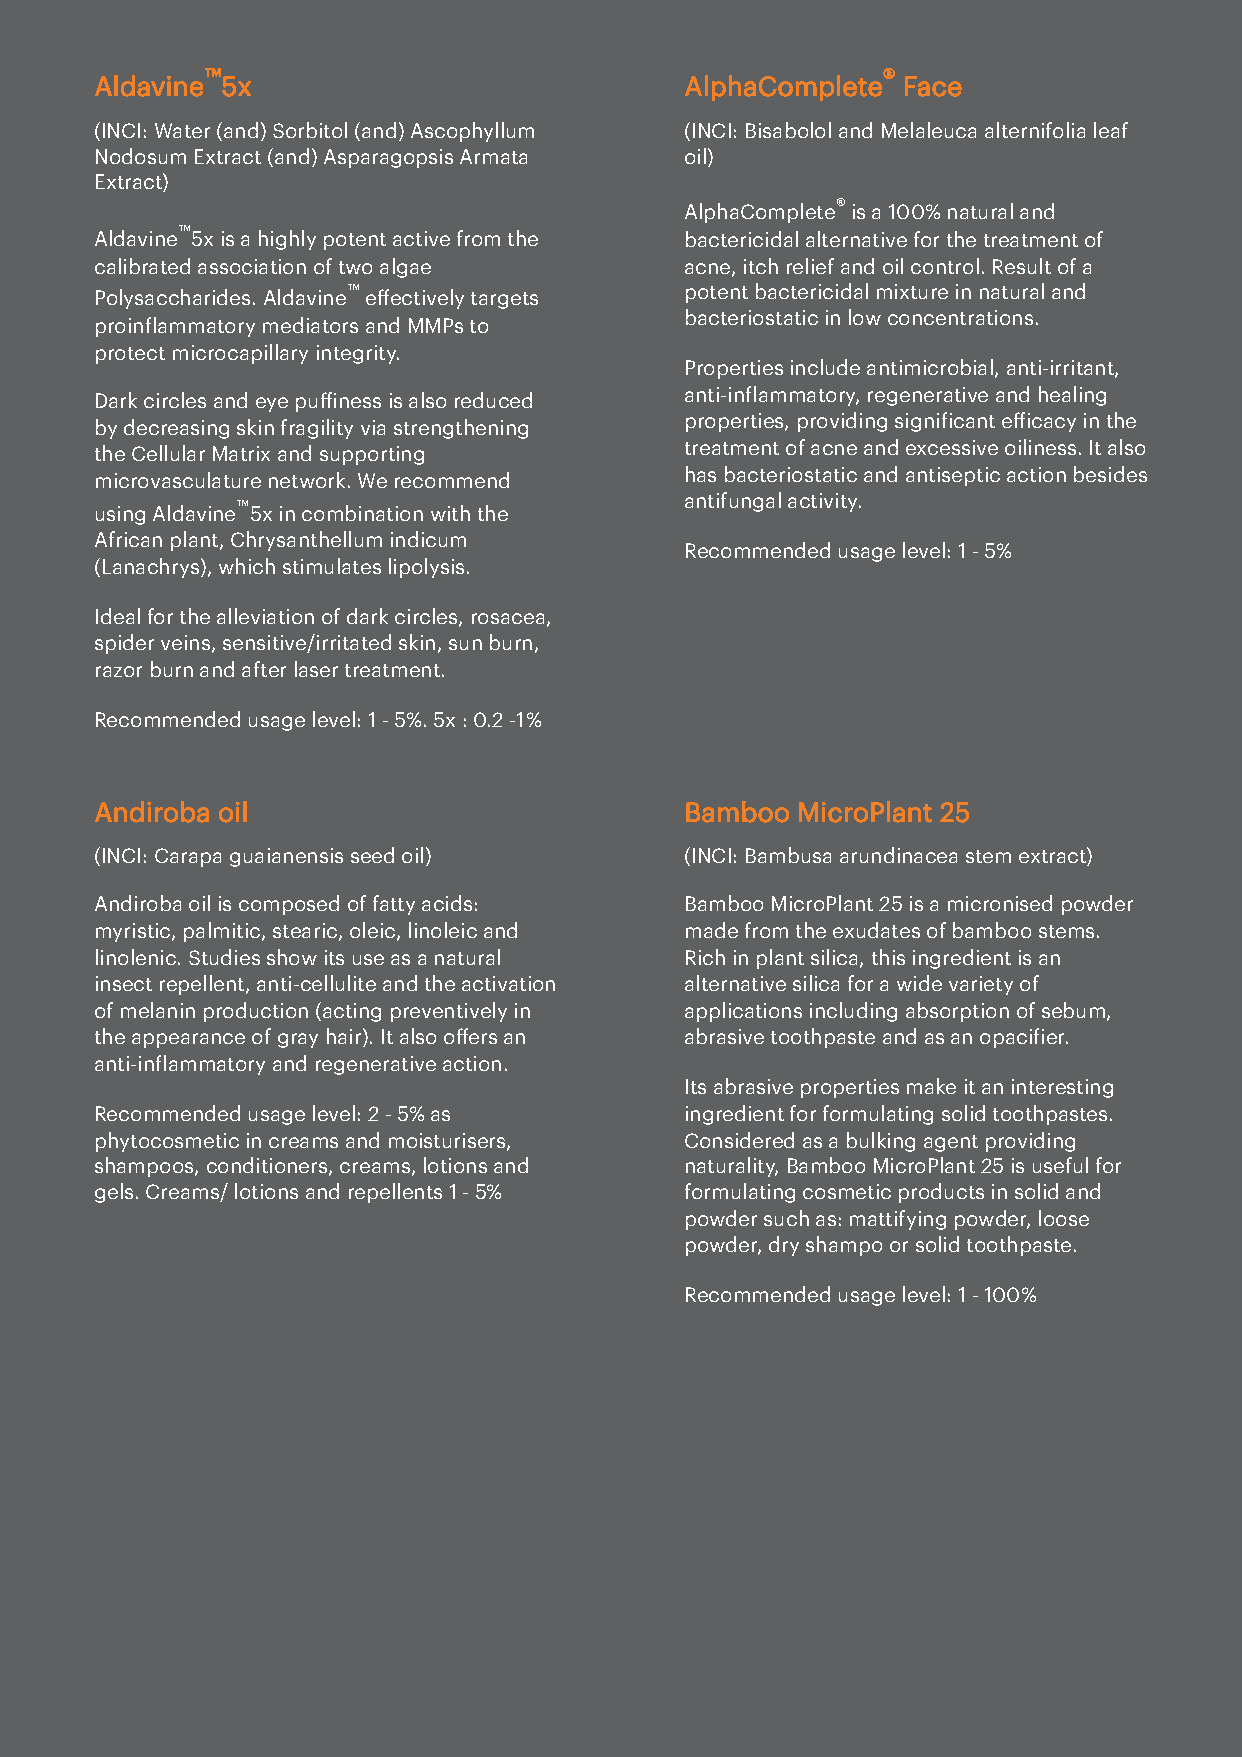
™                                            ®
 Aldavine 5x                            AlphaComplete  Face
 (INCI: Water (and) Sorbitol (and) Ascophyllum (INCI: Bisabolol and Melaleuca alternifolia leaf
 Nodosum Extract (and) Asparagopsis Armata oil)
 Extract)
 ®
 AlphaComplete is a 100% natural and
 ™
 Aldavine 5x is a highly potent active from the bactericidal alternative for the treatment of
 calibrated association of two algae    acne, itch relief and oil control. Result of a
 ™                     potent bactericidal mixture in natural and
 Polysaccharides. Aldavine effectively targets
 bacteriostatic in low concentrations.
 proinlammatory mediators and MMPs to
 protect microcapillary integrity.
 Properties include antimicrobial, anti-irritant,
 Dark circles and eye puiness is also reduced anti-inlammatory, regenerative and healing
 by decreasing skin fragility via strengthening properties, providing signiicant eicacy in the
 the Cellular Matrix and supporting     treatment of acne and excessive oiliness. It also
 microvasculature network. We recommend has bacteriostatic and antiseptic action besides
 antifungal activity.
 ™
 using Aldavine 5x in combination with the
 African plant, Chrysanthellum indicum
 Recommended usage level: 1 - 5%
 (Lanachrys), which stimulates lipolysis.
 Ideal for the alleviation of dark circles, rosacea,
 spider veins, sensitive/irritated skin, sun burn,
 razor burn and after laser treatment.
 Recommended usage level: 1 - 5%. 5x : 0.2 -1 %
 Andiroba oil                           Bamboo  MicroPlant 25
 (INCI: Carapa guaianensis seed oil)    (INCI: Bambusa arundinacea stem extract)
 Andiroba oil is composed of fatty acids: Bamboo MicroPlant 25 is a micronised powder
 myristic, palmitic, stearic, oleic, linoleic and made from the exudates of bamboo stems.
 linolenic. Studies show its use as a natural Rich in plant silica, this ingredient is an
 insect repellent, anti-cellulite and the activation alternative silica for a wide variety of
 of melanin production (acting preventively in applications including absorption of sebum,
 the appearance of gray hair). It also offers an abrasive toothpaste and as an opaciier.
 anti-inlammatory and regenerative action.
 Its abrasive properties make it an interesting
 Recommended usage level: 2 - 5% as     ingredient for formulating solid toothpastes.
 phytocosmetic in creams and moisturisers, Considered as a bulking agent providing
 shampoos, conditioners, creams, lotions and naturality, Bamboo MicroPlant 25 is useful for
 gels. Creams/ lotions and repellents 1 - 5% formulating cosmetic products in solid and
 powder such as: mattifying powder, loose
 powder, dry shampo or solid toothpaste.
 Recommended usage level: 1 - 100%